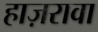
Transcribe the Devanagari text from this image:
हाज़रावा